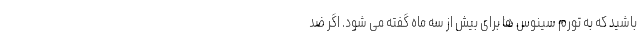
باشید که به تورم سینوس ها برای بیش از سه ماه گفته می شود. اگر ضد